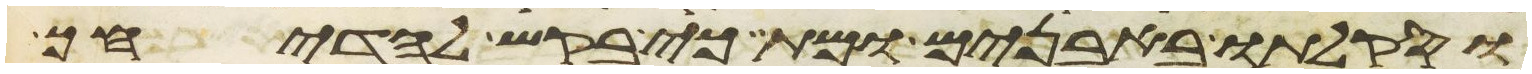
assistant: מעל יהוה אלהיך המוציאך מארץ מצרים